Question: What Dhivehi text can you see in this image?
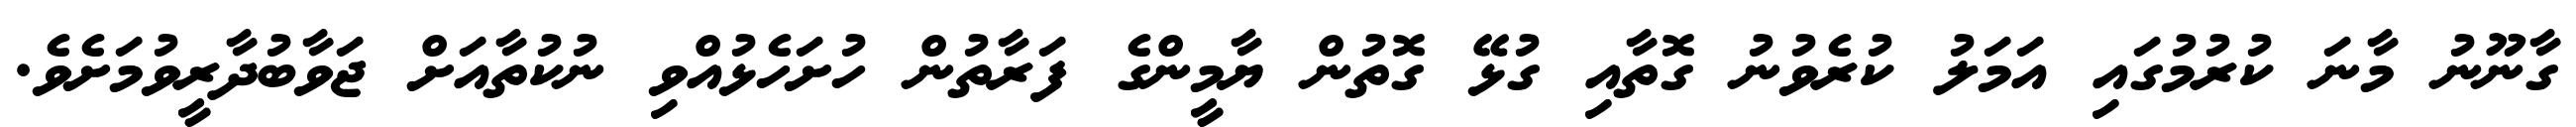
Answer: ގާނޫނު މާނަ ކުރުމުގައި އަމަލު ކުރެވުނު ގޮތާއި ގުޅޭ ގޮތުން ޔާމީންގެ ފަރާތުން ހުށަހެޅުއްވި ނުކުތާއަށް ޖަވާބުދާރީވުމަށެވެ.